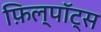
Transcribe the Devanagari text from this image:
फ़िल्पॉट्स